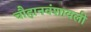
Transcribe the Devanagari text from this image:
चौहानवंशावली